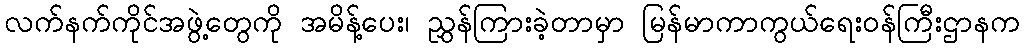
လက်နက်ကိုင်အဖွဲ့တွေကို အမိန့်ပေး၊ ညွှန်ကြားခဲ့တာမှာ မြန်မာကာကွယ်ရေးဝန်ကြီးဌာနက